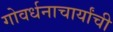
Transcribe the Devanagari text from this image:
गोवर्धनाचार्यांची